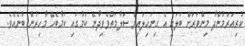
ކުރިއަރަމުންދާ މިންވަރަށް ބަލައި އެ ގިނަހިލައިން ސަލާމަތްވެވިދާނެ ކަމުގައި ކަމާބެހޭ މާހިރުން ބުނެއެވެ.